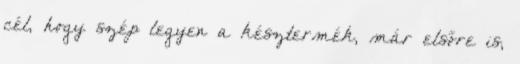
cél, hogy szép legyen a késztermék, már elsőre is,